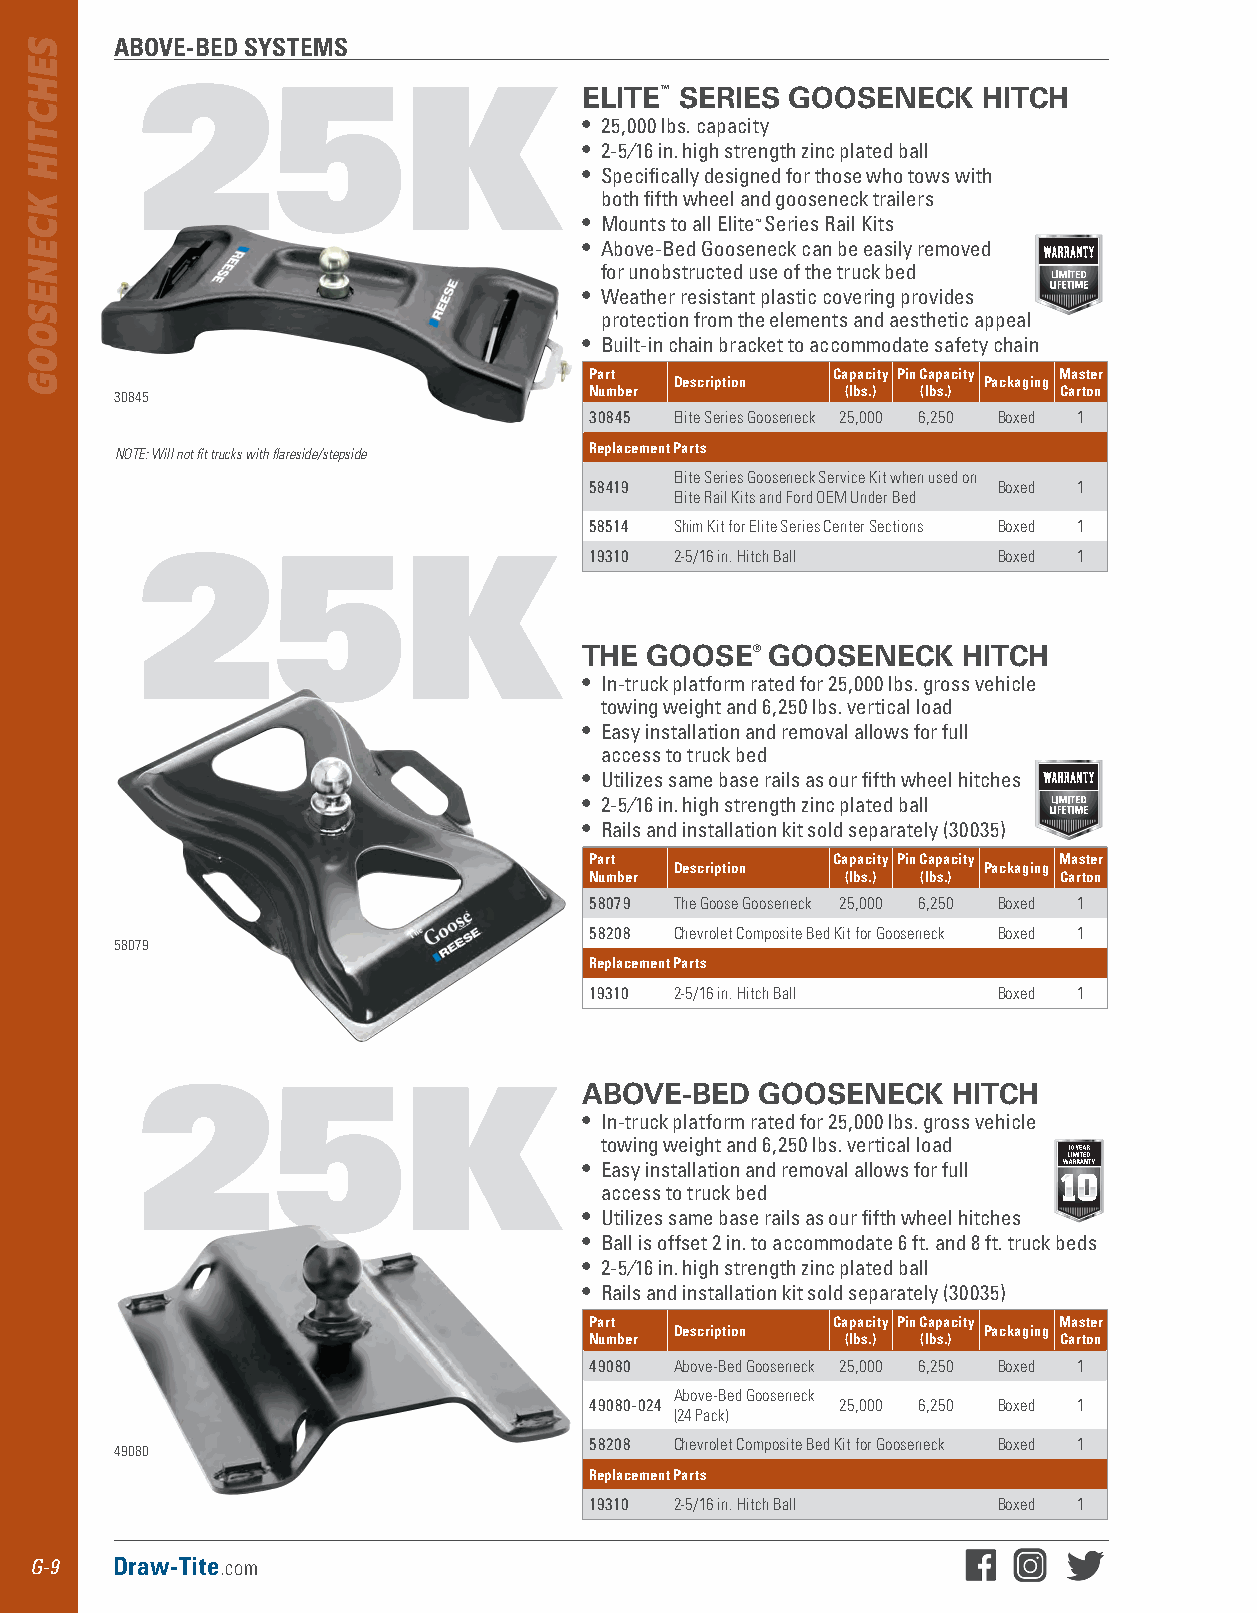
ABOVE-BED SYSTEMS
 25K                           ELITE™ SERIES GOOSENECK   HITCH
 • 25,000 lbs . capacity
 • 2-5⁄16 in . high strength zinc plated ball
 • Specifically designed for those who tows with
 both fifth wheel and gooseneck trailers
 • Mounts to all Elite™ Series Rail Kits
 • Above-Bed Gooseneck can be easily removed
 for unobstructed use of the truck bed
 • Weather resistant plastic covering provides
 protection from the elements and aesthetic appeal
 • Built-in chain bracket to accommodate safety chain
 Part            Capacity Pin Capacity Master
 Description         Packaging
 30845                          Number           (lbs.) (lbs.) Carton
 30845 Elite Series Gooseneck 25,000 6,250 Boxed 1
 Replacement Parts
 NOTE: Will not fit trucks with flareside/stepside
 Elite Series Gooseneck Service Kit when used on
 58419                      Boxed 1
 Elite Rail Kits and Ford OEM Under Bed
 58514 Shim Kit for Elite Series Center Sections Boxed 1
 25K                           19310 2-5/16 in. Hitch Ball Boxed 1
 THE GOOSE®  GOOSENECK    HITCH
 • In-truck platform rated for 25,000 lbs . gross vehicle
 towing weight and 6,250 lbs . vertical load
 • Easy installation and removal allows for full
 access to truck bed
 • Utilizes same base rails as our fifth wheel hitches
 • 2-5⁄16 in . high strength zinc plated ball
 • Rails and installation kit sold separately (30035)
 Part            Capacity Pin Capacity Master
 Description         Packaging
 Number           (lbs.) (lbs.) Carton
 58079 The Goose Gooseneck 25,000 6,250 Boxed 1
 58208 Chevrolet Composite Bed Kit for Gooseneck Boxed 1
 58079
 Replacement Parts
 19310 2-5/16 in. Hitch Ball Boxed 1
 25K                           ABOVE-BED  GOOSENECK    HITCH
 • In-truck platform rated for 25,000 lbs . gross vehicle
 towing weight and 6,250 lbs . vertical load
 • Easy installation and removal allows for full
 access to truck bed
 • Utilizes same base rails as our fifth wheel hitches
 • Ball is offset 2 in . to accommodate 6 ft . and 8 ft . truck beds
 • 2-5⁄16 in . high strength zinc plated ball
 • Rails and installation kit sold separately (30035)
 Part            Capacity Pin Capacity Master
 Description         Packaging
 Number           (lbs.) (lbs.) Carton
 49080 Above-Bed Gooseneck 25,000 6,250 Boxed 1
 Above-Bed Gooseneck
 49080-024        25,000 6,250 Boxed 1
 (24 Pack)
 58208 Chevrolet Composite Bed Kit for Gooseneck Boxed 1
 49080
 Replacement Parts
 19310 2-5/16 in. Hitch Ball Boxed 1
 G-9  Draw-Tite.com
 SEHCTIH
 KCENESOOG